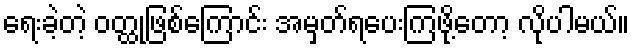
ရေးခဲ့တဲ့ ဝတ္ထုဖြစ်ကြောင်း အမှတ်ရပေးကြဖို့တော့ လိုပါမယ်။